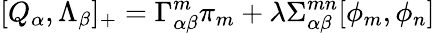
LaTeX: [Q_{\alpha},\Lambda_{\beta}]_{+}=\Gamma_{\alpha\beta}^{m}\pi_{m}+\lambda\Sigma_{\alpha\beta}^{mn}[\phi_{m},\phi_{n}]